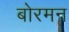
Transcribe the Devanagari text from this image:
बोरमन